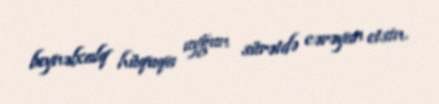
beynəlxalq hüquqa uyğun sürətdə cərəyan etsin.